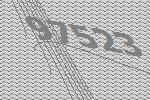
97523